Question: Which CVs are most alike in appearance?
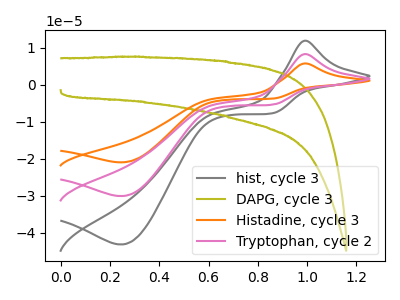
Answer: <think>The gray curve "hist, cycle 3" has an anodic peak at (1.00V, 11.95uA) and a cathodic peak at (0.25V, -43.15uA). The olive curve "DAPG, cycle 3" has no peaks. The orange curve "Histadine, cycle 3" has an anodic peak at (1.00V, 16.65uA) and a cathodic peak at (0.25V, -60.15uA). The pink curve "Tryptophan, cycle 2" has an anodic peak at (1.00V, 8.30uA) and a cathodic peak at (0.25V, -30.05uA).
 "hist, cycle 3" and "DAPG, cycle 3" have a different number of peaks. All the peaks in "hist, cycle 3" have a peak in "Histadine, cycle 3" at the same potential. Every peak in "hist, cycle 3" is lower than every peak in "Histadine, cycle 3". All the peaks in "hist, cycle 3" have a peak in "Tryptophan, cycle 2" at the same potential. Every peak in "hist, cycle 3" is higher than every peak in "Tryptophan, cycle 2". "DAPG, cycle 3" and "Histadine, cycle 3" have a different number of peaks. "DAPG, cycle 3" and "Tryptophan, cycle 2" have a different number of peaks. All the peaks in "Histadine, cycle 3" have a peak in "Tryptophan, cycle 2" at the same potential. Every peak in "Histadine, cycle 3" is higher than every peak in "Tryptophan, cycle 2".</think>
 <answer>"hist, cycle 3", "Histadine, cycle 3" and "Tryptophan, cycle 2" have the same shape and are likely CV's of the same chemical.</answer>
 <eval>"hist, cycle 3" "Histadine, cycle 3" "Tryptophan, cycle 2"</eval>